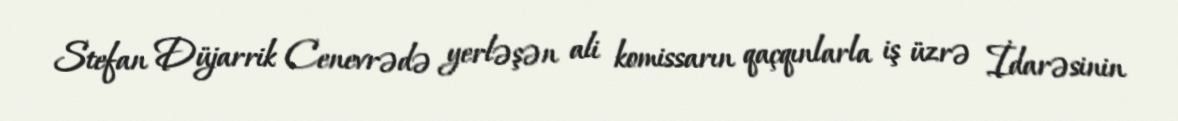
Stefan Düjarrik Cenevrədə yerləşən ali komissarın qaçqınlarla iş üzrə İdarəsinin